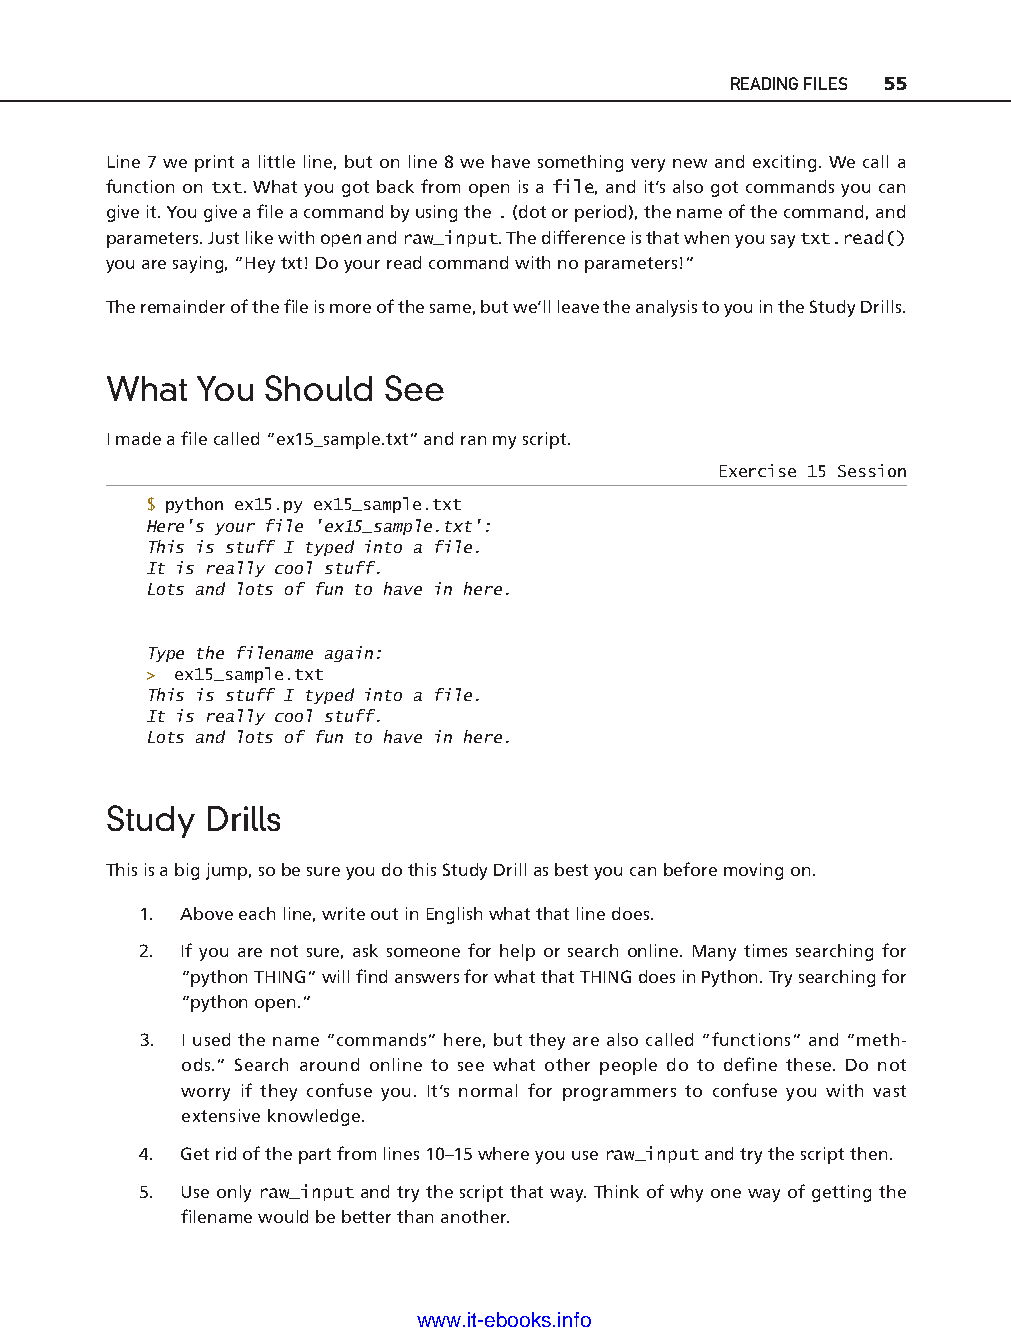
READING FILES 55
 Line 7 we print a little line, but on line 8 we have something very new and exciting. We call a
 function on txt. What you got back from open is a file, and it’s also got commands you can
 give it. You give a fi le a command by using the . (dot or period), the name of the command, and
 parameters. Just like with open and raw_input. The difference is that when you say txt.read()
 you are saying, “Hey txt! Do your read command with no parameters!”
 The remainder of the fi le is more of the same, but we’ll leave the analysis to you in the Study Drills.
 What  You  Should  See
 I made a fi le called “ex15_sample.txt” and ran my script.
 Exercise 15 Session
 $ python ex15.py ex15_sample.txt
 Here's your file 'ex15_sample.txt':
 This is stuff I typed into a file.
 It is really cool stuff.
 Lots and lots of fun to have in here.
 Type the filename again:
 > ex15_sample.txt                                                          ptg11539604
 This is stuff I typed into a file.
 It is really cool stuff.
 Lots and lots of fun to have in here.
 Study  Drills
 This is a big jump, so be sure you do this Study Drill as best you can before moving on.
 1. Above each line, write out in English what that line does.
 2. If you are not sure, ask someone for help or search online. Many times searching for
 “python THING” will fi nd answers for what that THING does in Python. Try searching for
 “python open.”
 3. I used the name “commands” here, but they are also called “functions” and “meth-
 ods.” Search around online to see what other people do to defi ne these. Do not
 worry if they confuse you. It’s normal for programmers to confuse you with vast
 extensive knowledge.
 4. Get rid of the part from lines 10–1 5 where you use raw_input and try the script then.
 5. Use only raw_input and try the script that way. Think of why one way of getting the
 fi lename would be better than another.
 www.it-ebooks.info